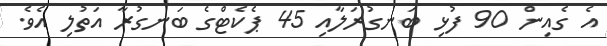
އެ ގެއިން 90 ފުޅި ބަނގުރަލާއި 45 ޕެކެޓްގެ ބަނގުރާ އަތުލި އެވެ.